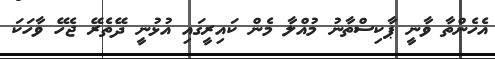
އެހެންތާ ވާނީ ޕާކިސްތާނު މުއްލާ މެން ކައިރީގައި އުޅުނީ ދޭތެރޭ ޖެހޭ ވާހަކަ